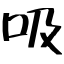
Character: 吸